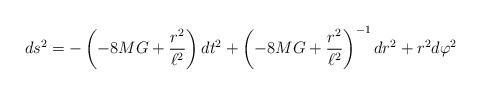
LaTeX: \begin{align*}ds^2=-\left(-8MG+\frac{r^2}{\ell^2}\right)dt^2+\left(-8MG+\frac{r^2}{\ell^2}\right)^{-1}dr^2+r^2d\varphi^2\end{align*}